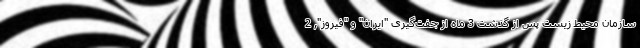
سازمان محیط زیست پس از گذشت 3 ماه از جفت‌گیری "ایران" و "فیروز", 2